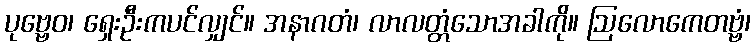
ပုဗ္ဗေဝ၊ ရှေးဦးကပင်လျှင်။ အနာဂတံ၊ လာလတ္တံသောအခါကို။ ဩလောကေတဗ္ဗံ၊